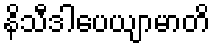
နိသီဒါပေယျာမာတိ